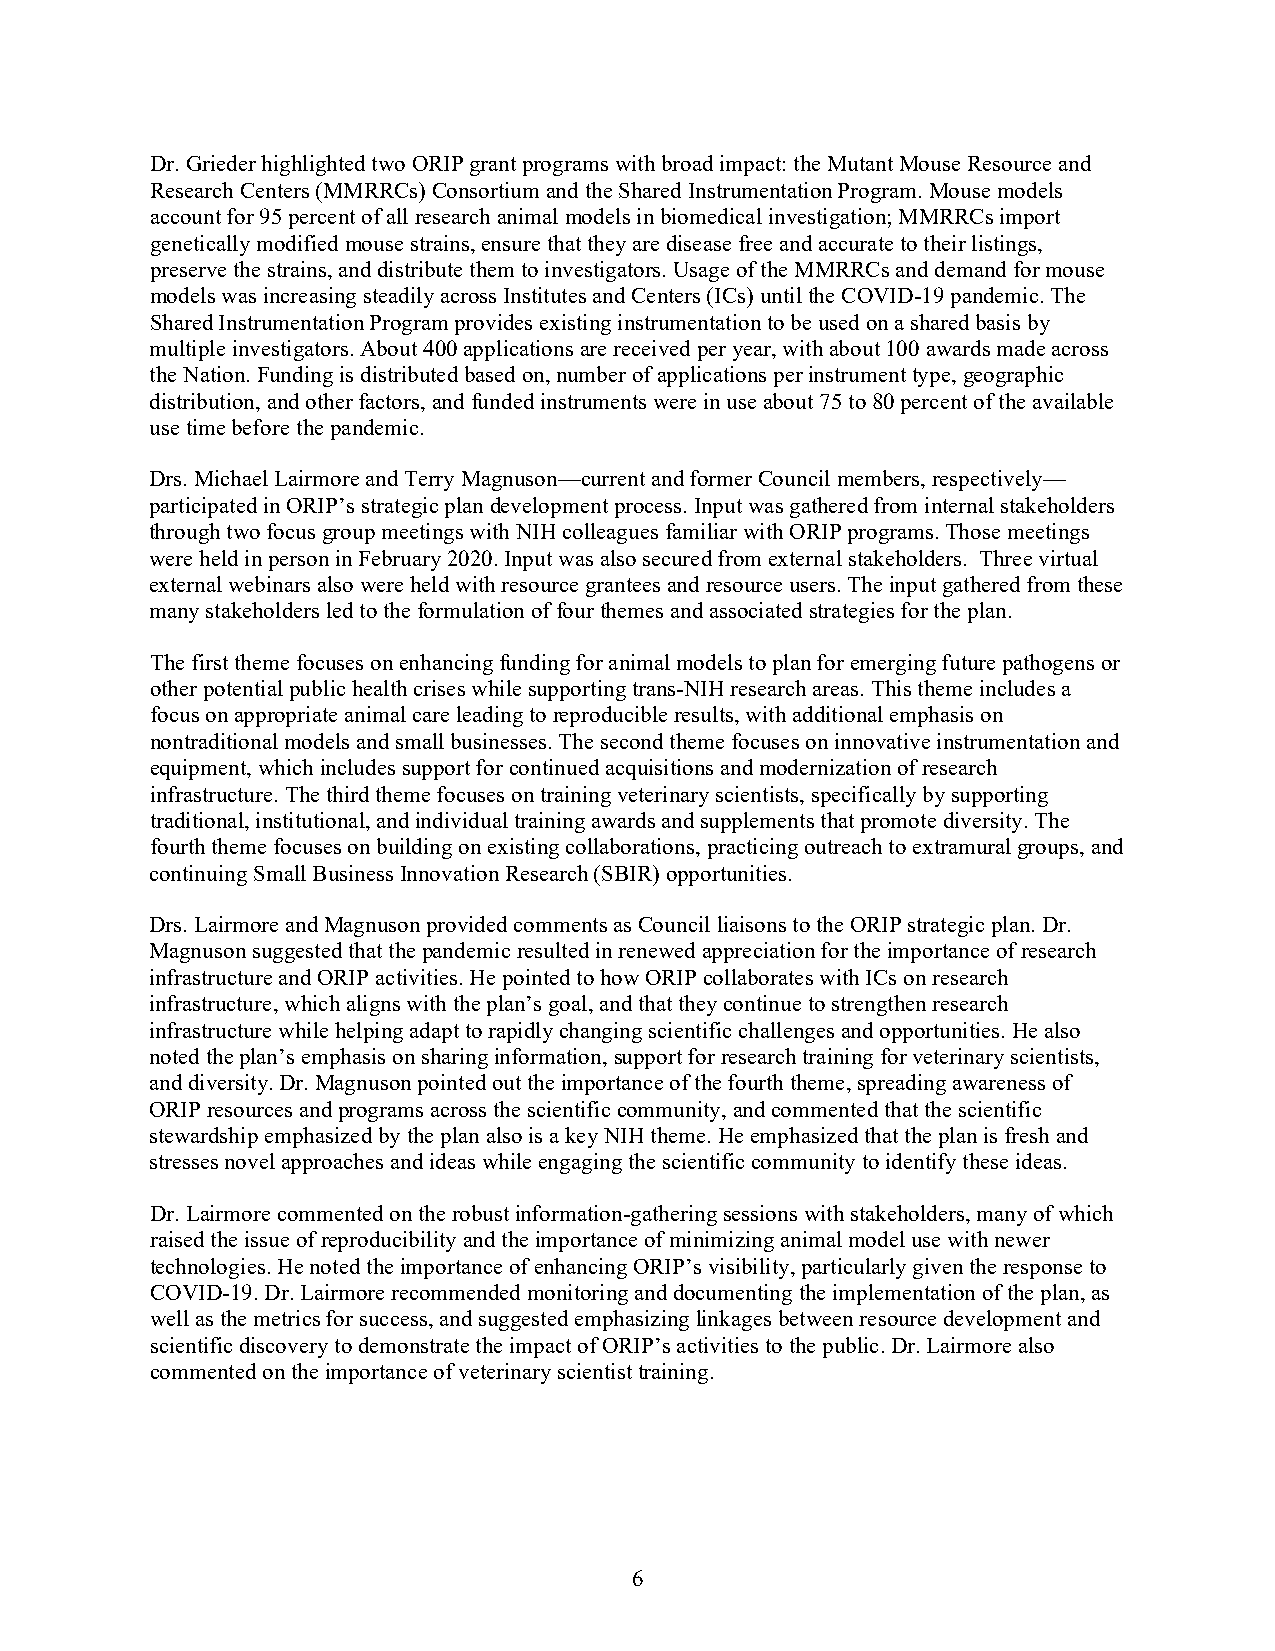
Dr. Grieder highlighted two ORIP grant programs with broad impact: the Mutant Mouse Resource and
 Research Centers (MMRRCs) Consortium and the Shared Instrumentation Program. Mouse models
 account for 95 percent of all research animal models in biomedical investigation; MMRRCs import
 genetically modified mouse strains, ensure that they are disease free and accurate to their listings,
 preserve the strains, and distribute them to investigators. Usage of the MMRRCs and demand for mouse
 models was increasing steadily across Institutes and Centers (ICs) until the COVID-19 pandemic. The
 Shared Instrumentation Program provides existing instrumentation to be used on a shared basis by
 multiple investigators. About 400 applications are received per year, with about 100 awards made across
 the Nation. Funding is distributed based on, number of applications per instrument type, geographic
 distribution, and other factors, and funded instruments were in use about 75 to 80 percent of the available
 use time before the pandemic.
 Drs. Michael Lairmore and Terry Magnuson—current and former Council members, respectively—
 participated in ORIP’s strategic plan development process. Input was gathered from internal stakeholders
 through two focus group meetings with NIH colleagues familiar with ORIP programs. Those meetings
 were held in person in February 2020. Input was also secured from external stakeholders. Three virtual
 external webinars also were held with resource grantees and resource users. The input gathered from these
 many stakeholders led to the formulation of four themes and associated strategies for the plan.
 The first theme focuses on enhancing funding for animal models to plan for emerging future pathogens or
 other potential public health crises while supporting trans-NIH research areas. This theme includes a
 focus on appropriate animal care leading to reproducible results, with additional emphasis on
 nontraditional models and small businesses. The second theme focuses on innovative instrumentation and
 equipment, which includes support for continued acquisitions and modernization of research
 infrastructure. The third theme focuses on training veterinary scientists, specifically by supporting
 traditional, institutional, and individual training awards and supplements that promote diversity. The
 fourth theme focuses on building on existing collaborations, practicing outreach to extramural groups, and
 continuing Small Business Innovation Research (SBIR) opportunities.
 Drs. Lairmore and Magnuson provided comments as Council liaisons to the ORIP strategic plan. Dr.
 Magnuson suggested that the pandemic resulted in renewed appreciation for the importance of research
 infrastructure and ORIP activities. He pointed to how ORIP collaborates with ICs on research
 infrastructure, which aligns with the plan’s goal, and that they continue to strengthen research
 infrastructure while helping adapt to rapidly changing scientific challenges and opportunities. He also
 noted the plan’s emphasis on sharing information, support for research training for veterinary scientists,
 and diversity. Dr. Magnuson pointed out the importance of the fourth theme, spreading awareness of
 ORIP resources and programs across the scientific community, and commented that the scientific
 stewardship emphasized by the plan also is a key NIH theme. He emphasized that the plan is fresh and
 stresses novel approaches and ideas while engaging the scientific community to identify these ideas.
 Dr. Lairmore commented on the robust information-gathering sessions with stakeholders, many of which
 raised the issue of reproducibility and the importance of minimizing animal model use with newer
 technologies. He noted the importance of enhancing ORIP’s visibility, particularly given the response to
 COVID-19. Dr. Lairmore recommended monitoring and documenting the implementation of the plan, as
 well as the metrics for success, and suggested emphasizing linkages between resource development and
 scientific discovery to demonstrate the impact of ORIP’s activities to the public. Dr. Lairmore also
 commented on the importance of veterinary scientist training.
 6